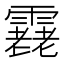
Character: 𩅯